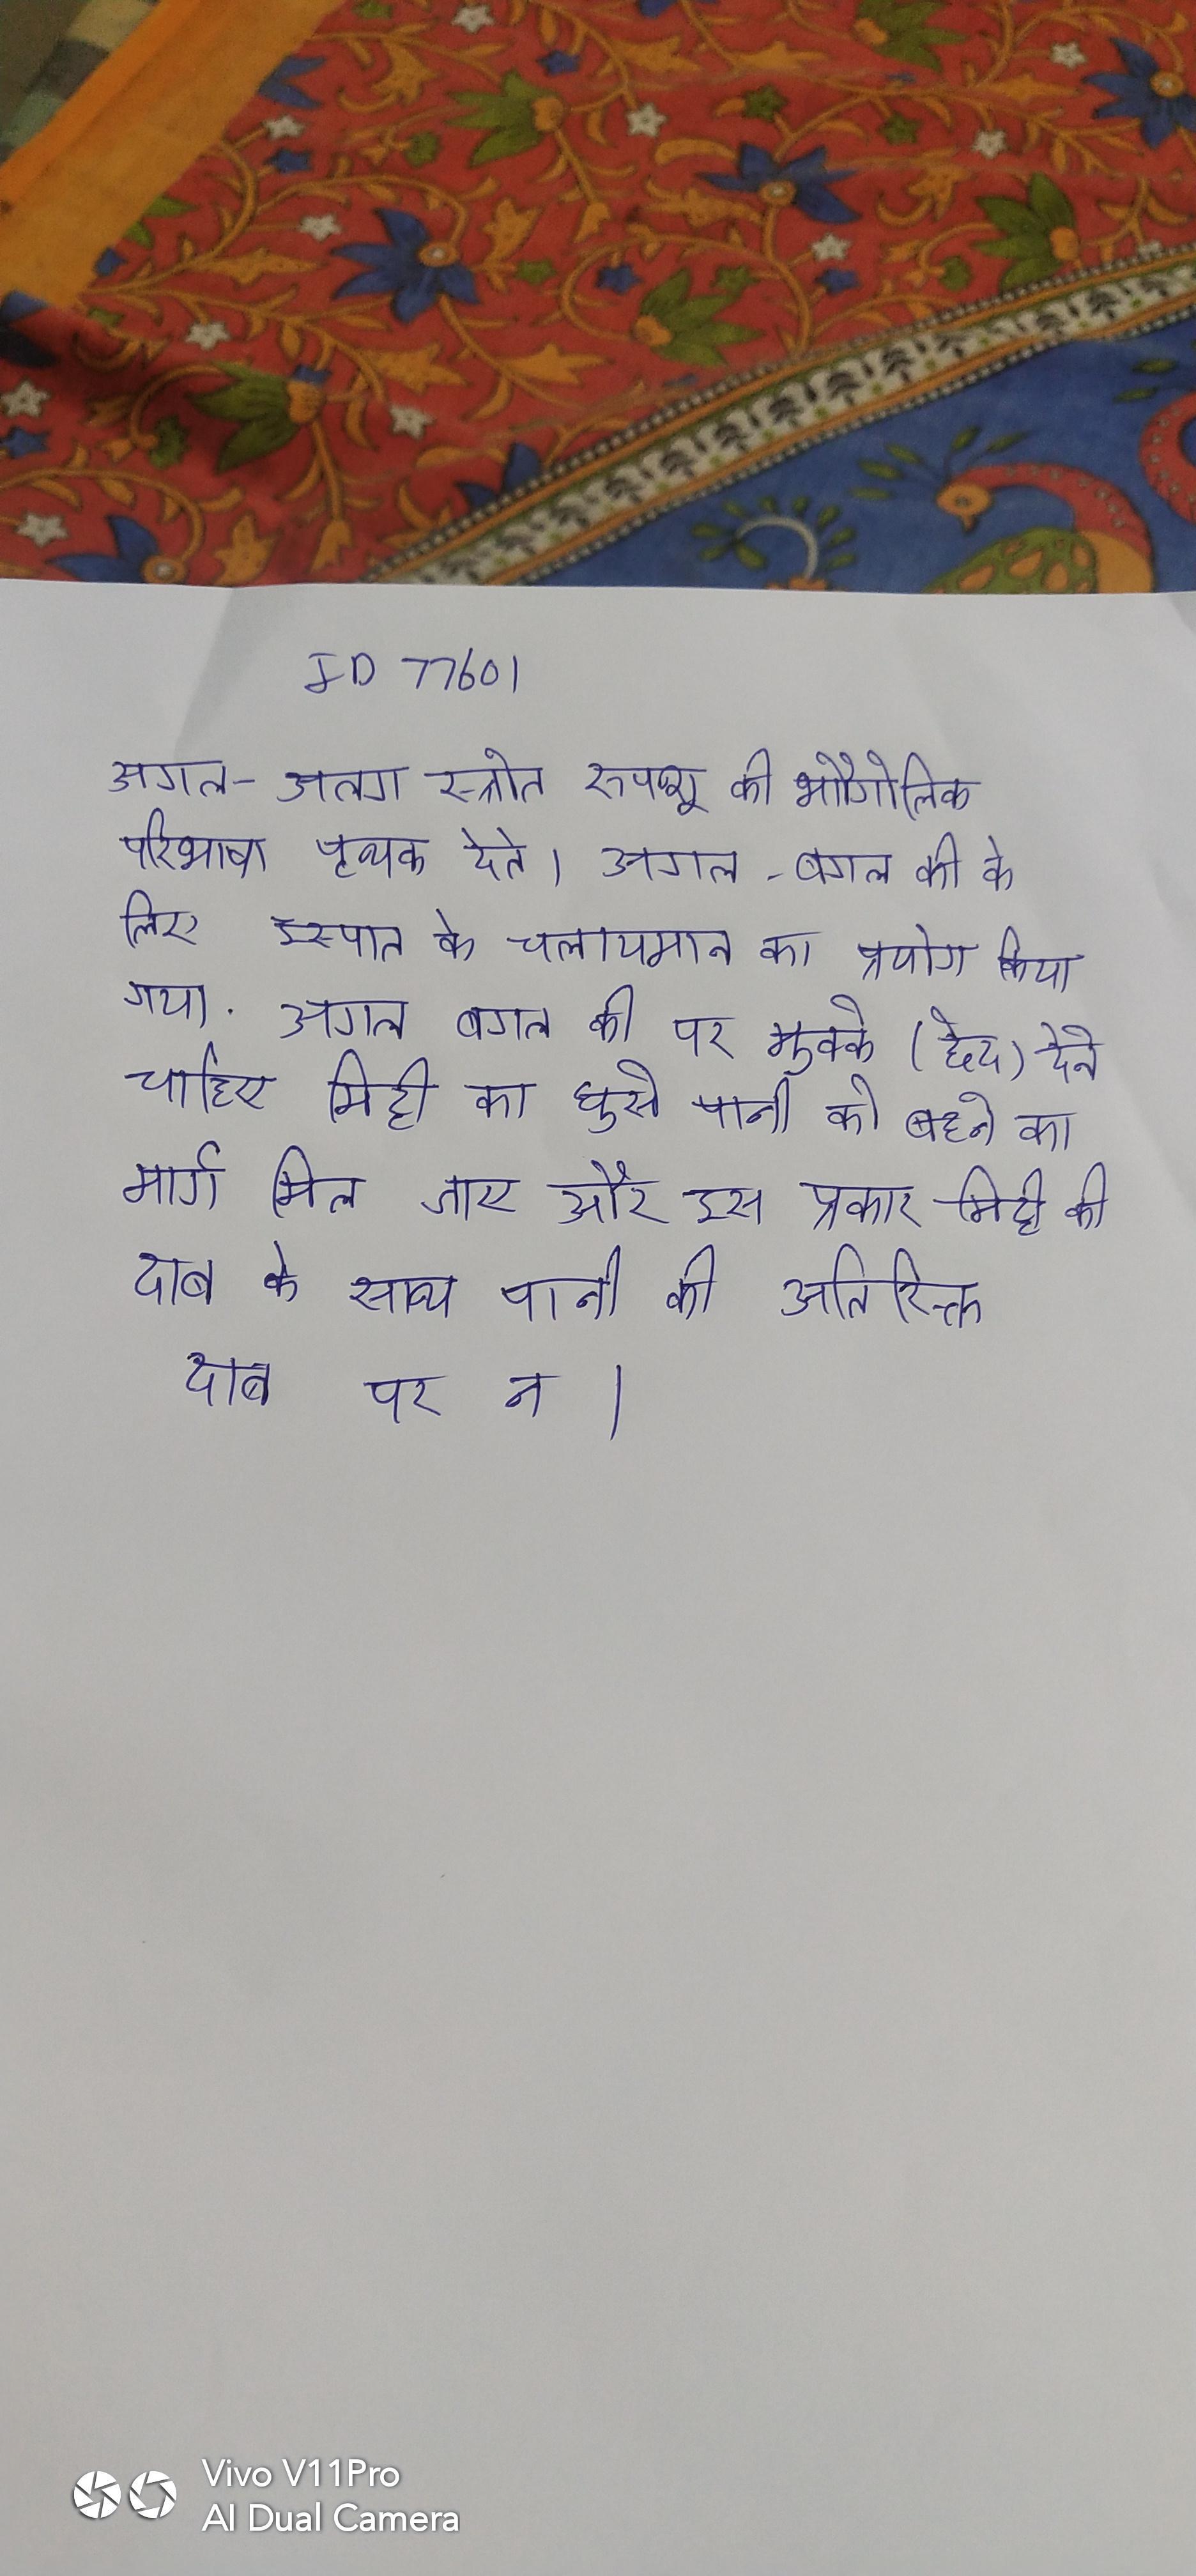
अगल-अलग स्रोत रुपशू की भौगोलिक परिभाषा पृथक देते । अगल-बगल की के लिए इस्पात के चलायमान का प्रयोग किया गया . अगल बगल की पर मुक्के (छेद) देने चाहिए मिट्टी घुसे पानी को बहने का मार्ग मिल जाए और इस प्रकार मिट्टी की दाब के साथ पानी की अतिरिक्त दाब पर न ।